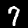
Label: 7